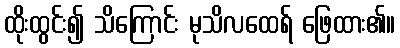
ထိုးထွင်း၍ သိကြောင်း မုသိလထေရ် ဖြေထား၏။